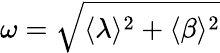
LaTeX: \omega=\sqrt{\langle\lambda\rangle^{2}+\langle\beta\rangle^{2}}